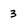
Character: 3